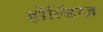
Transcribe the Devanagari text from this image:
होल्डिंग्ज़